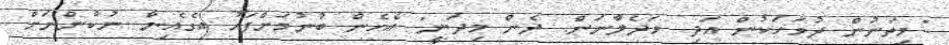
"މިތަނުން ދުވަހަކުން އަދި ވަދެލާނަން. ދެން މިދަނީ" އެހެން ބުނުމަށްފަހު އެގެއިން ނުކުންނަށް